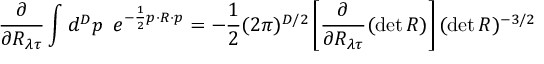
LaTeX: \frac { \partial } { \partial R _ { { \lambda } { \tau } } } \int d ^ { D } p \, \, \, e ^ { - \frac { 1 } { 2 } p \cdot R \cdot p } = - \frac { 1 } { 2 } ( 2 \pi ) ^ { D / 2 } \left[ \frac { \partial } { \partial R _ { { \lambda } { \tau } } } ( \operatorname * { d e t } R ) \right] ( \operatorname * { d e t } R ) ^ { - 3 / 2 }